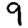
Digit: 9